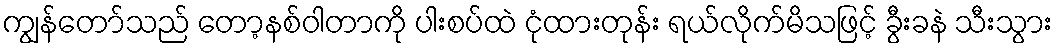
ကျွန်တော်သည် တော့နစ်ဝါတာကို ပါးစပ်ထဲ ငုံထားတုန်း ရယ်လိုက်မိသဖြင့် ခွီးခနဲ သီးသွား